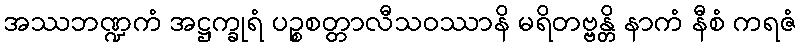
အဿဘဏ္ဍကံ အဋ္ဌက္ခုရံ ပဉ္စစတ္တာလီသဝဿာနိ မရိတဗ္ဗန္တိ နာကံ နီစံ ကရဇံ